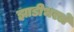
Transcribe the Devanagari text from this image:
झाडीभरले